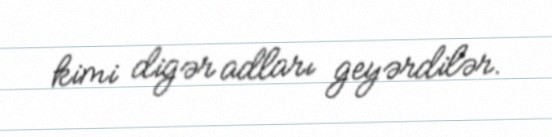
kimi digər adları geyərdilər.